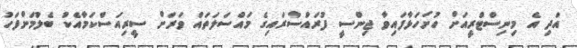
އަދި އެ މިނިސްޓްރީއަށް ހުށަހަޅާފައިވާ ޖިންސީ ފުރައްސާރައިގެ މައްސަލަތައް ވަރަށް ސީރިއަސްކަމާއެކު ބެލުމަށްފަހު